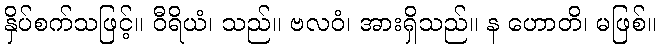
နှိပ်စက်သဖြင့်။ ဝီရိယံ၊ သည်။ ဗလဝံ၊ အားရှိသည်။ န ဟောတိ၊ မဖြစ်။